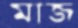
মাজ